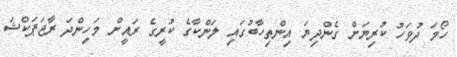
ހޯމަ ދުވަހު ކުރިޔަށް ގެންދިޔަ އިންތިހާބުގައި ލަންކާގެ ކުރީގެ ރައީށް މަހިންދަ ރާޖަޕަކްޝަ